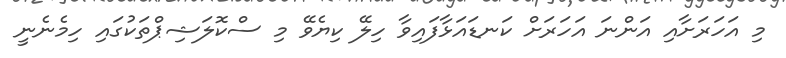
މި އަހަރަށާއި އަންނަ އަހަރަށް ކަނޑައަޅާފައިވާ ހިލޭ ކިޔެވޭ މި ސްކޮލަޝިޕްތަކުގައި ހިމެނެނީ